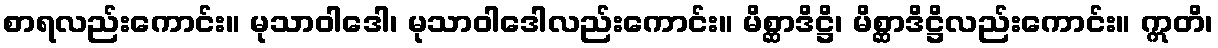
စာရလည်းကောင်း။ မုသာဝါဒေါ၊ မုသာဝါဒေါလည်းကောင်း။ မိစ္ဆာဒိဋ္ဌိ၊ မိစ္ဆာဒိဋ္ဌိလည်းကောင်း။ ဣတိ၊